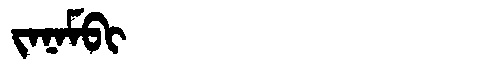
Manchu: ᠵᠠᠨᠠᠮᠪᡳ
Romanization: JANAMBI